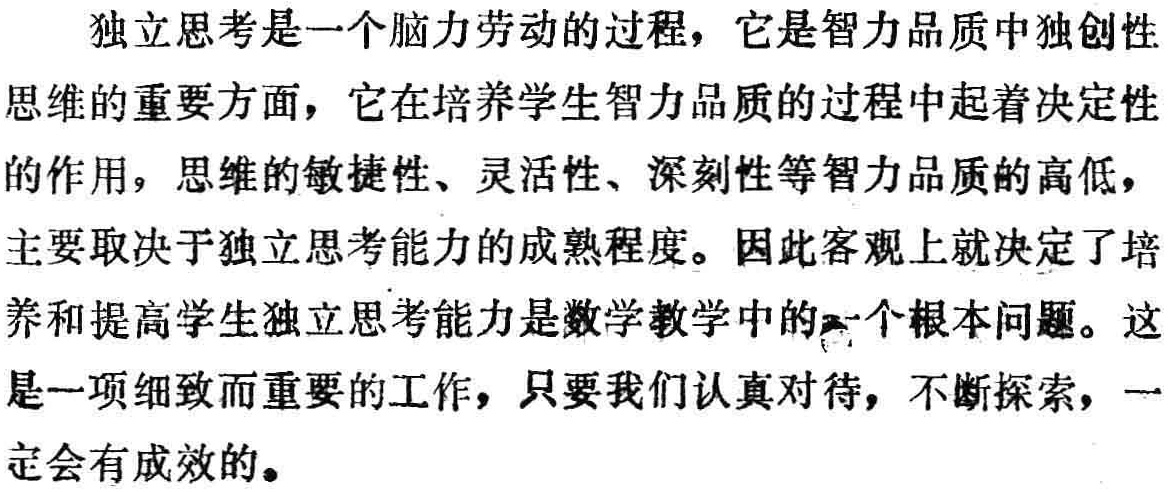
独立思考是一个脑力劳动的过程，它是智力品质中独创性思维的重要方面，它在培养学生智力品质的过程中起着决定性的作用，思维的敏捷性、灵活性、深刻性等智力品质的高低，主要取决于独立思考能力的成熟程度。因此客观上就决定了培养和提高学生独立思考能力是数学教学中的一个根本问题。这是一项细致而重要的工作，只要我们认真对待，不断探索，一定会有成效的。